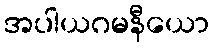
အပါယဂမနီယော